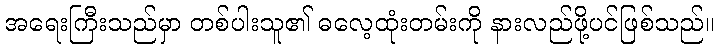
အရေးကြီးသည်မှာ တစ်ပါးသူ၏ ဓလေ့ထုံးတမ်းကို နားလည်ဖို့ပင်ဖြစ်သည်။